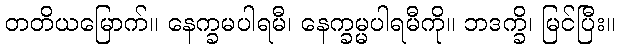
တတိယမြောက်။ နေက္ခမပါရမီ၊ နေက္ခမ္မပါရမီကို။ ဘဒက္ခိ၊ မြင်ပြီး။